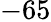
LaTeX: -65